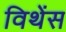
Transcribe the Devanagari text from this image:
विथेंस